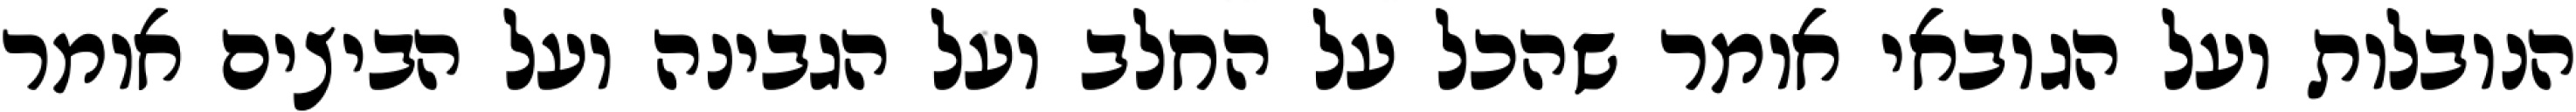
הנובלות ועל הגובאי אומר שהכל על החלב ועל הגבינה ועל הביצים אומר